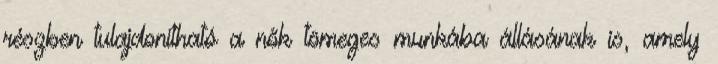
részben tulajdonítható a nők tömeges munkába állásának is, amely